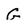
Character: G